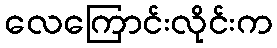
လေကြောင်းလိုင်းက